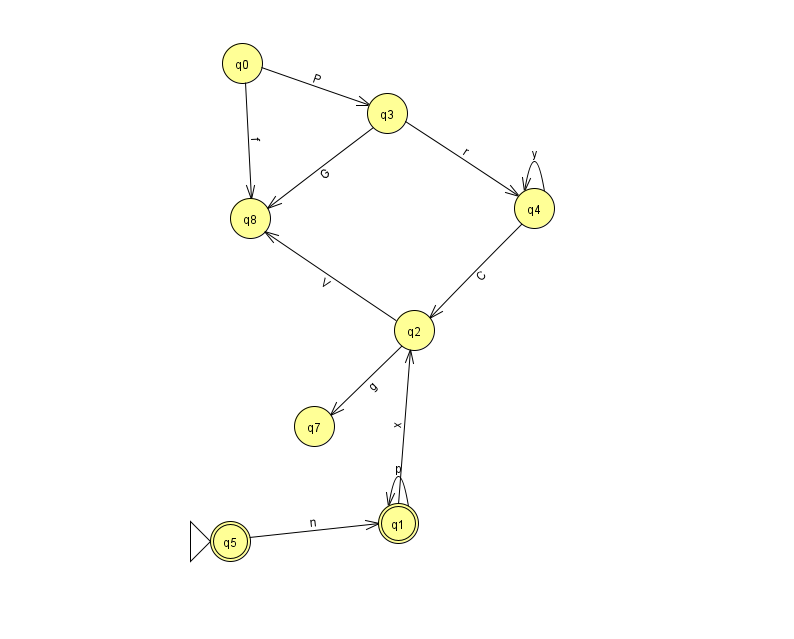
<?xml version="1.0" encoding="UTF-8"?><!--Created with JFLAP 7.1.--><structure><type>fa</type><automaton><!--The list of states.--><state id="0" name="q0"><x>242.0</x><y>50.0</y></state><state id="1" name="q1"><x>398.0</x><y>510.0</y><final/></state><state id="2" name="q2"><x>414.0</x><y>317.0</y></state><state id="3" name="q3"><x>387.0</x><y>100.0</y></state><state id="4" name="q4"><x>534.0</x><y>195.0</y></state><state id="5" name="q5"><x>230.0</x><y>528.0</y><initial/><final/></state><state id="7" name="q7"><x>314.0</x><y>413.0</y></state><state id="8" name="q8"><x>250.0</x><y>205.0</y></state><!--The list of transitions.--><transition><from>1</from><to>1</to><read>p</read></transition><transition><from>2</from><to>8</to><read>V</read></transition><transition><from>0</from><to>8</to><read>f</read></transition><transition><from>1</from><to>2</to><read>x</read></transition><transition><from>4</from><to>2</to><read>C</read></transition><transition><from>3</from><to>4</to><read>r</read></transition><transition><from>4</from><to>4</to><read>y</read></transition><transition><from>2</from><to>7</to><read>g</read></transition><transition><from>3</from><to>8</to><read>G</read></transition><transition><from>5</from><to>1</to><read>n</read></transition><transition><from>0</from><to>3</to><read>P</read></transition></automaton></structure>